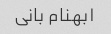
۱بهنام بانی